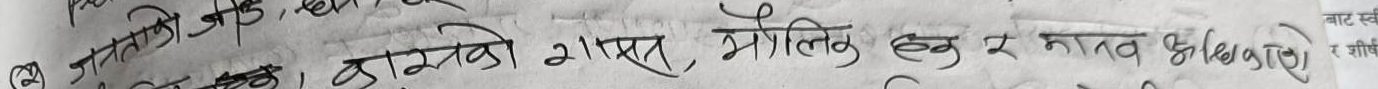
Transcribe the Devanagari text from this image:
काठको ग्यास, भौतिक ऐन र मानव धिकृति